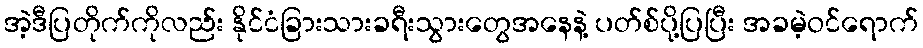
အဲ့ဒီပြတိုက်ကိုလည်း နိုင်ငံခြားသားခရီးသွားတွေအနေနဲ့ ပတ်စ်ပို့ပြပြီး အခမဲ့ဝင်ရောက်